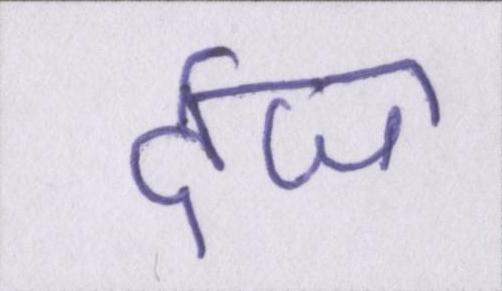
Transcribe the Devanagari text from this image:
र्दज